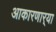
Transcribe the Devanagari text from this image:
आकारणार्‍या